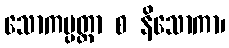
သောကပ္ပတ္တာ စ နိသောကာ၊